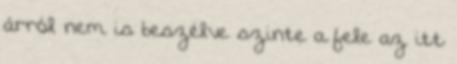
árról nem is beszélve szinte a fele az itt